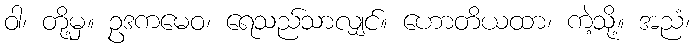
ဝါ၊ တို့မှ။ ဥဒကမေဝ၊ ရေသည်သာလျှင်။ ဟောတိယထာ၊ ကဲ့သို့။ အညံ၊